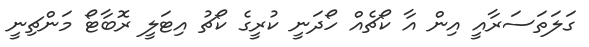
ގަލަތަސަރާއީ އިން އާ ކޯޗެއް ހޯދަނީ ކުރީގެ ކޯޗު އިޓަލީ ރޮބާޓޯ މަންޗިނީ